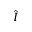
\hat { I }